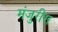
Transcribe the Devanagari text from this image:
मंजुरीस